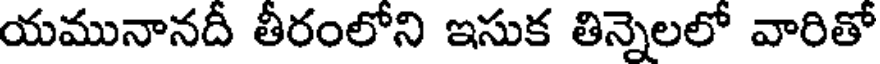
యమునానదీ తీరంలోని ఇసుక తిన్నెలలో వారితో